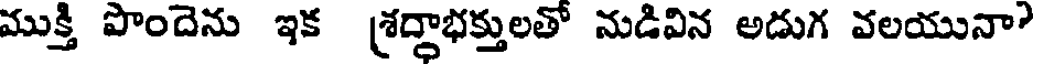
ముక్తి పొందెను ఇక శ్రద్దాభక్తులతో నుడివిన అడుగ వలయునా?